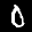
Label: 0